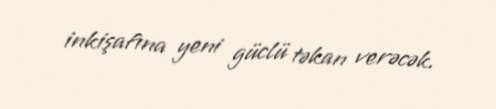
inkişafına yeni güclü təkan verəcək.